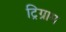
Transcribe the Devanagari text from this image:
ट्रिग्राम